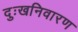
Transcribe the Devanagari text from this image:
दुःखनिवारण